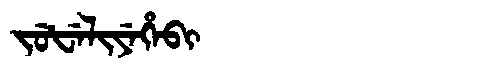
Manchu: ᠵᡠᡶᡝᠯᡳᠶᡝᡥᡝᠪᡳ
Romanization: JUFELIYEHEBI